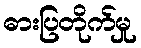
ဓားပြတိုက်မှု